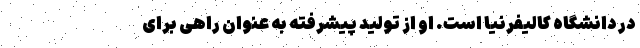
در دانشگاه کالیفرنیا است. او از تولید پیشرفته به عنوان راهی برای